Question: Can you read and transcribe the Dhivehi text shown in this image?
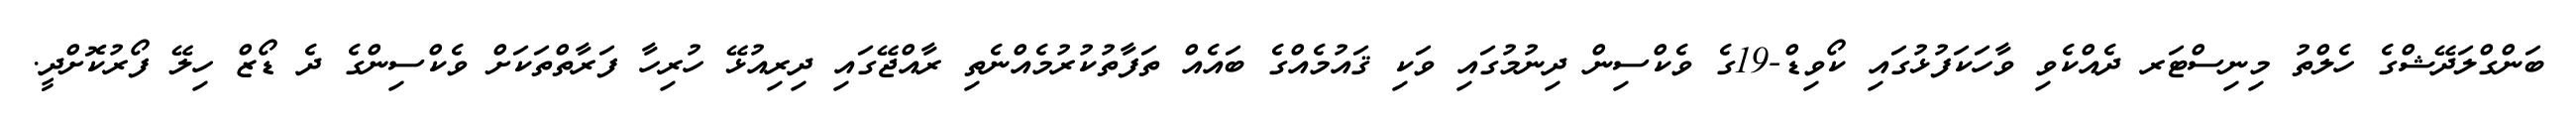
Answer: ބަންގްލަދޭޝްގެ ހެލްތު މިނިސްޓަރ ދެއްކެވި ވާހަކަފުޅުގައި ކޯވިޑް-19ގެ ވެކްސިން ދިނުމުގައި ވަކި ޤައުމެއްގެ ބައެއް ތަފާތުކުރުމެއްނެތި ރާއްޖޭގައި ދިރިއުޅޭ ހުރިހާ ފަރާތްތަކަށް ވެކްސިންގެ ދެ ޑޯޒް ހިލޭ ފޯރުކޮށްދީ.